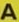
A